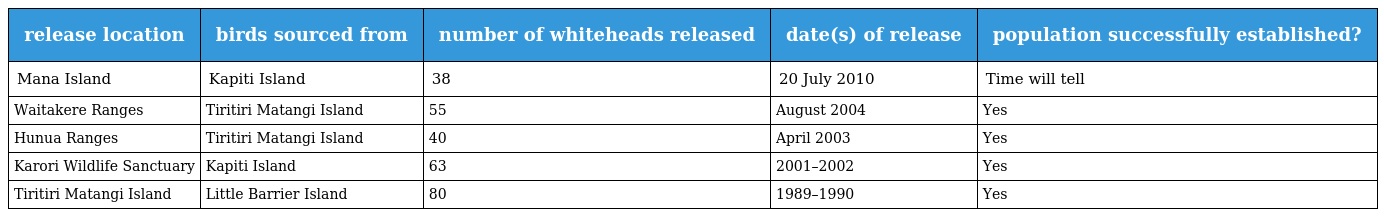
| release location | birds sourced from | number of whiteheads released | date(s) of release | population successfully established? |
 | --- | --- | --- | --- | --- |
 | Mana Island | Kapiti Island | 38 | 20 July 2010 | Time will tell |
 | Waitakere Ranges | Tiritiri Matangi Island | 55 | August 2004 | Yes |
 | Hunua Ranges | Tiritiri Matangi Island | 40 | April 2003 | Yes |
 | Karori Wildlife Sanctuary | Kapiti Island | 63 | 2001–2002 | Yes |
 | Tiritiri Matangi Island | Little Barrier Island | 80 | 1989–1990 | Yes |